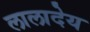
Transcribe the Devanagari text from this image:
लालादेय